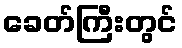
ခေတ်ကြီးတွင်